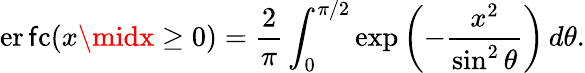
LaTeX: \operatorname{er\mathsf{f}c}(x\midx\geq0)={\frac{{2}}{{\pi}}}\int_{0}^{\pi/2}\exp\left(-{\frac{{x^{2}}}{{\sin^{2}\theta}}}\right)\, d\theta.